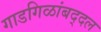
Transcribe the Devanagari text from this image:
गाडगिळांबद्दल